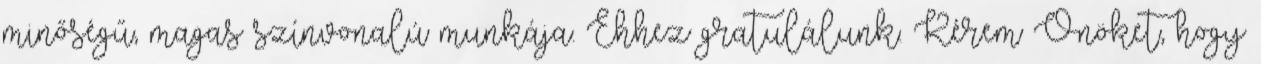
minőségű, magas színvonalú munkája. Ehhez gratulálunk. Kérem Önöket, hogy